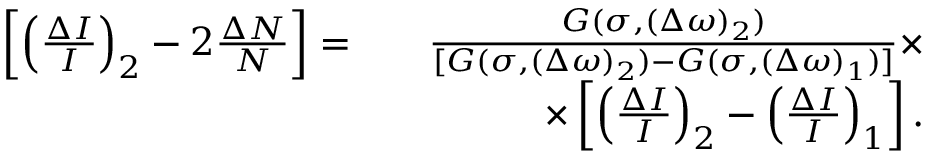
\begin{array} { r l r } { \left[ \left( \frac { \Delta I } { I } \right) _ { 2 } - 2 \frac { \Delta N } { N } \right] = } & { } & { \frac { G ( \sigma , ( \Delta \omega ) _ { 2 } ) } { [ G ( \sigma , ( \Delta \omega ) _ { 2 } ) - G ( \sigma , ( \Delta \omega ) _ { 1 } ) ] } \times } \\ & { } & { \times \left[ \left( \frac { \Delta I } { I } \right) _ { 2 } - \left( \frac { \Delta I } { I } \right) _ { 1 } \right] . } \end{array}